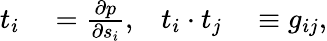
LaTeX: \begin{array}{rlrl}{{t}_{i}}&{{}=\frac{\partial{p}}{\partial s_{i}},}&{t_{i}\cdot t_{j}}&{{}\equiv g_{ij},}\end{array}